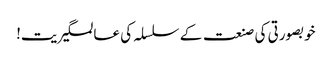
خوبصورتی کی صنعت کے سلسلہ کی عالمگیریت!